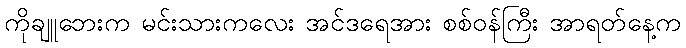
ကိုချူဘေးက မင်းသားကလေး အင်ဒရေအား စစ်ဝန်ကြီး အာရတ်နေ့က